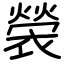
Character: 褮